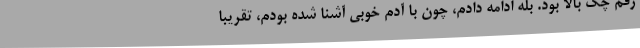
رقم چک بالا بود. بله ادامه دادم، چون با آدم خوبی آشنا شده بودم، تقریبا